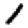
Digit: 1